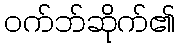
ဝက်ဘ်ဆိုက်၏